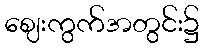
ဈေးကွက်အတွင်း၌